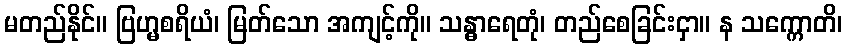
မတည်နိုင်။ ဗြဟ္မစရိယံ၊ မြတ်သော အကျင့်ကို။ သန္ဓာရေတုံ၊ တည်စေခြင်းငှာ။ န သက္ကောတိ၊